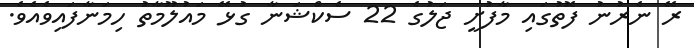
ރޭ ނެރުނު ފޮތުގައި މާފުށީ ޖަލުގެ 22 ސެކްޝަނާ ގުޅޭ މައުލޫމާތު ހިމަނާފައިވެއެވެ.